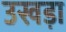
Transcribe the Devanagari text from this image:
उखड़ा